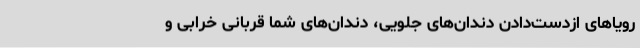
رویاهای ازدست‌دادن دندان‌های جلویی، دندان‌های شما قربانی خرابی و